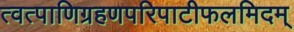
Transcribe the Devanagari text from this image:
त्वत्पाणिग्रहणपरिपाटीफलमिदम्